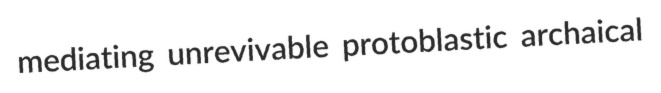
mediating unrevivable protoblastic archaical